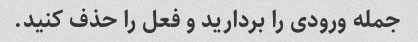
جمله ورودی را بردارید و فعل را حذف کنید.